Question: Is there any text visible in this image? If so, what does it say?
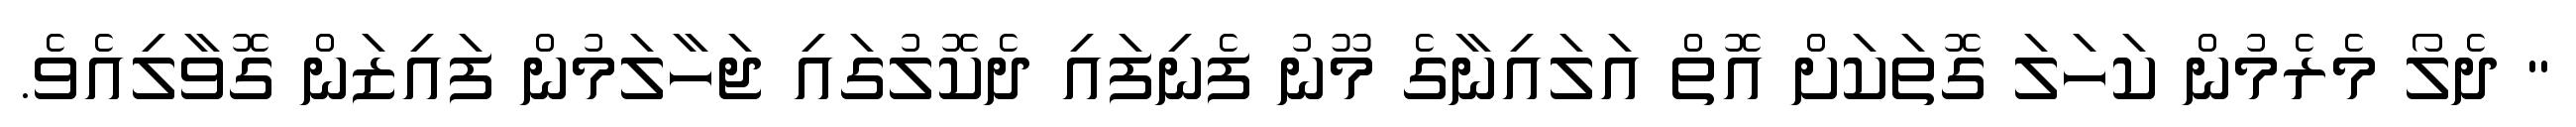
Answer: " ދެލޯ މެރެމުން ކަހަލަ ގޮތަކަށް އޮތް އަލައިނާގެ މޫނު ފެނިފައި ދެކޮލުގައި ޖަހާލަމުން ފައިޒަން ގޮވާލިއެވެ.